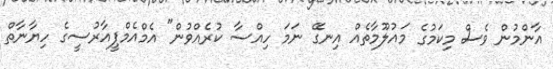
އާންމުން ވެސް މިކަމުގެ މައުލޫމާތެއް އިނގޭ ނަމަ ހިއްސާ ކުރެއްވުން" އެމްއެމްޕީއާރުސީގެ ހިޔާނާތް